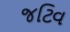
જટિવ